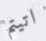
اتيتم